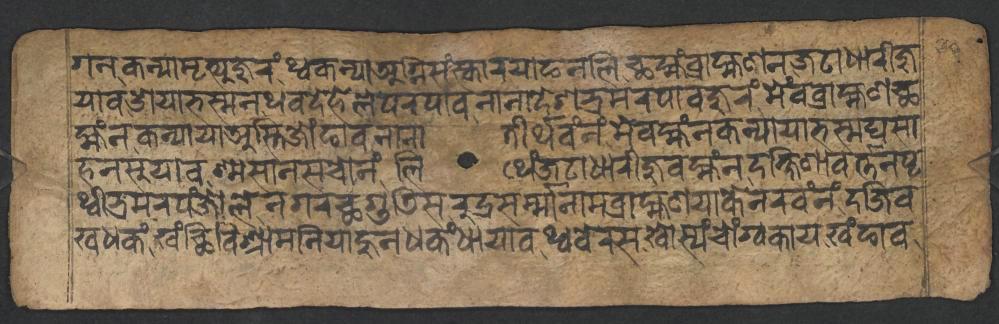
𑐐𑐣𑐎𑐣𑑂𑐫𑐵𑐩𑐺𑐟𑑂𑐫𑐸𑐖𑐸𑐬𑑄𑐠𑑂𑐰𑐎𑐣𑑂𑐫𑐵𑐀𑐐𑑂𑐣𑐶𑐳𑑄𑐳𑑂𑐎𑐵𑐬𑐫𑐵𑐒𑐣𑐮𑐶𑐕𑐩𑑂𑐴𑑄𑐧𑑂𑐬𑐵𑐴𑑂𑐩𑐞𑐣𑐖𑐚𑐵𑐢𑐵𑐬𑐷𑐖𑐸 𑐫𑐵𑐰𑐌𑐫𑐵𑐨𑐳𑑂𑐩𑐣𑐠𑐰𑐡𑐾𑐴𑐾𑐮𑐾𑐥𑐬𑐥𑐵𑐰𑐣𑐵𑐣𑐵𑐡𑐾𑐱𑐨𑑂𑐬𑐩𑐬𑐥𑐵𑐰𑐖𑐸𑐬𑑄𑐩𑐾𑑄𑐰𑐧𑑂𑐬𑐵𑐴𑑂𑐩𑐞𑐕 𑐩𑑂𑐴𑑄𑐣𑐎𑐣𑑂𑐫𑐵𑐫𑐵𑐀𑐳𑑂𑐟𑐶𑐖𑑀𑑄𑐒𑐵𑐰𑐣𑐵𑐣𑐵𑐟𑐷𑐬𑑂𑐠𑐰𑑄𑐣𑑄𑐩𑐾𑐰𑐩𑑂𑐴𑑄𑐣𑐎𑐣𑑂𑐫𑐵𑐫𑐵𑐨𑐳𑑂𑐩𑐑𑐳𑐵 𑐴𑐣𑐳𑐸𑐫𑐵𑐰𑐱𑑂𑐩𑐳𑐵𑐣𑐳𑐔𑑀𑐣𑑄𑐮𑐶𑐠𑐾𑑄𑐖𑐚𑐵𑐢𑐵𑐬𑐷𑐖𑐸𑐰𑐩𑑂𑐴𑑄𑐣𑐡𑐎𑑂𑐲𑐶𑐞𑐵𑐰𑐬𑑂𑐟𑑂𑐟𑐣𑐥𑐺 𑐠𑑂𑐰𑐷𑐨𑑂𑐬𑐩𑐬𑐥𑑄𑐖𑑀𑐮𑐾𑐣𑐐𑐬𑐕𑐐𑐸𑐜𑐶𑐳𑐬𑐸𑐡𑑂𑐬𑐳𑐬𑑂𑐩𑑂𑐩𑐵𑐣𑐵𑐩𑐧𑑂𑐬𑐵𑐴𑑂𑐩𑐞𑐫𑐵𑐎𑐾𑐣𑐬𑐰𑑄𑐣𑑄𑐡𑐖𑐶𑐰 𑐏𑐢𑐎𑑄𑐏𑑄𑐕𑐶𑐰𑐶𑐱𑑂𑐬𑐵𑐩𑐣𑐶𑐫𑐵𑐴𑐸𑐣𑐢𑐎𑑄𑐢𑐵𑐫𑐵𑐰𑐠𑑂𑐰𑐧𑐾𑐬𑐳𑐏𑑀𑐳𑑂𑐫𑑄𑐔𑑀𑑄𑐐𑑂𑐰𑐎𑐵𑐫𑐏𑑄𑐒𑐵𑐰